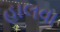
હાલવા